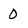
Character: 0